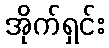
အိုက်ရှင်း